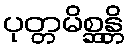
ပုတ္တမိစ္ဆန္တိ